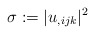
\begin{align*}\sigma:=|u_{,ijk}|^2\end{align*}